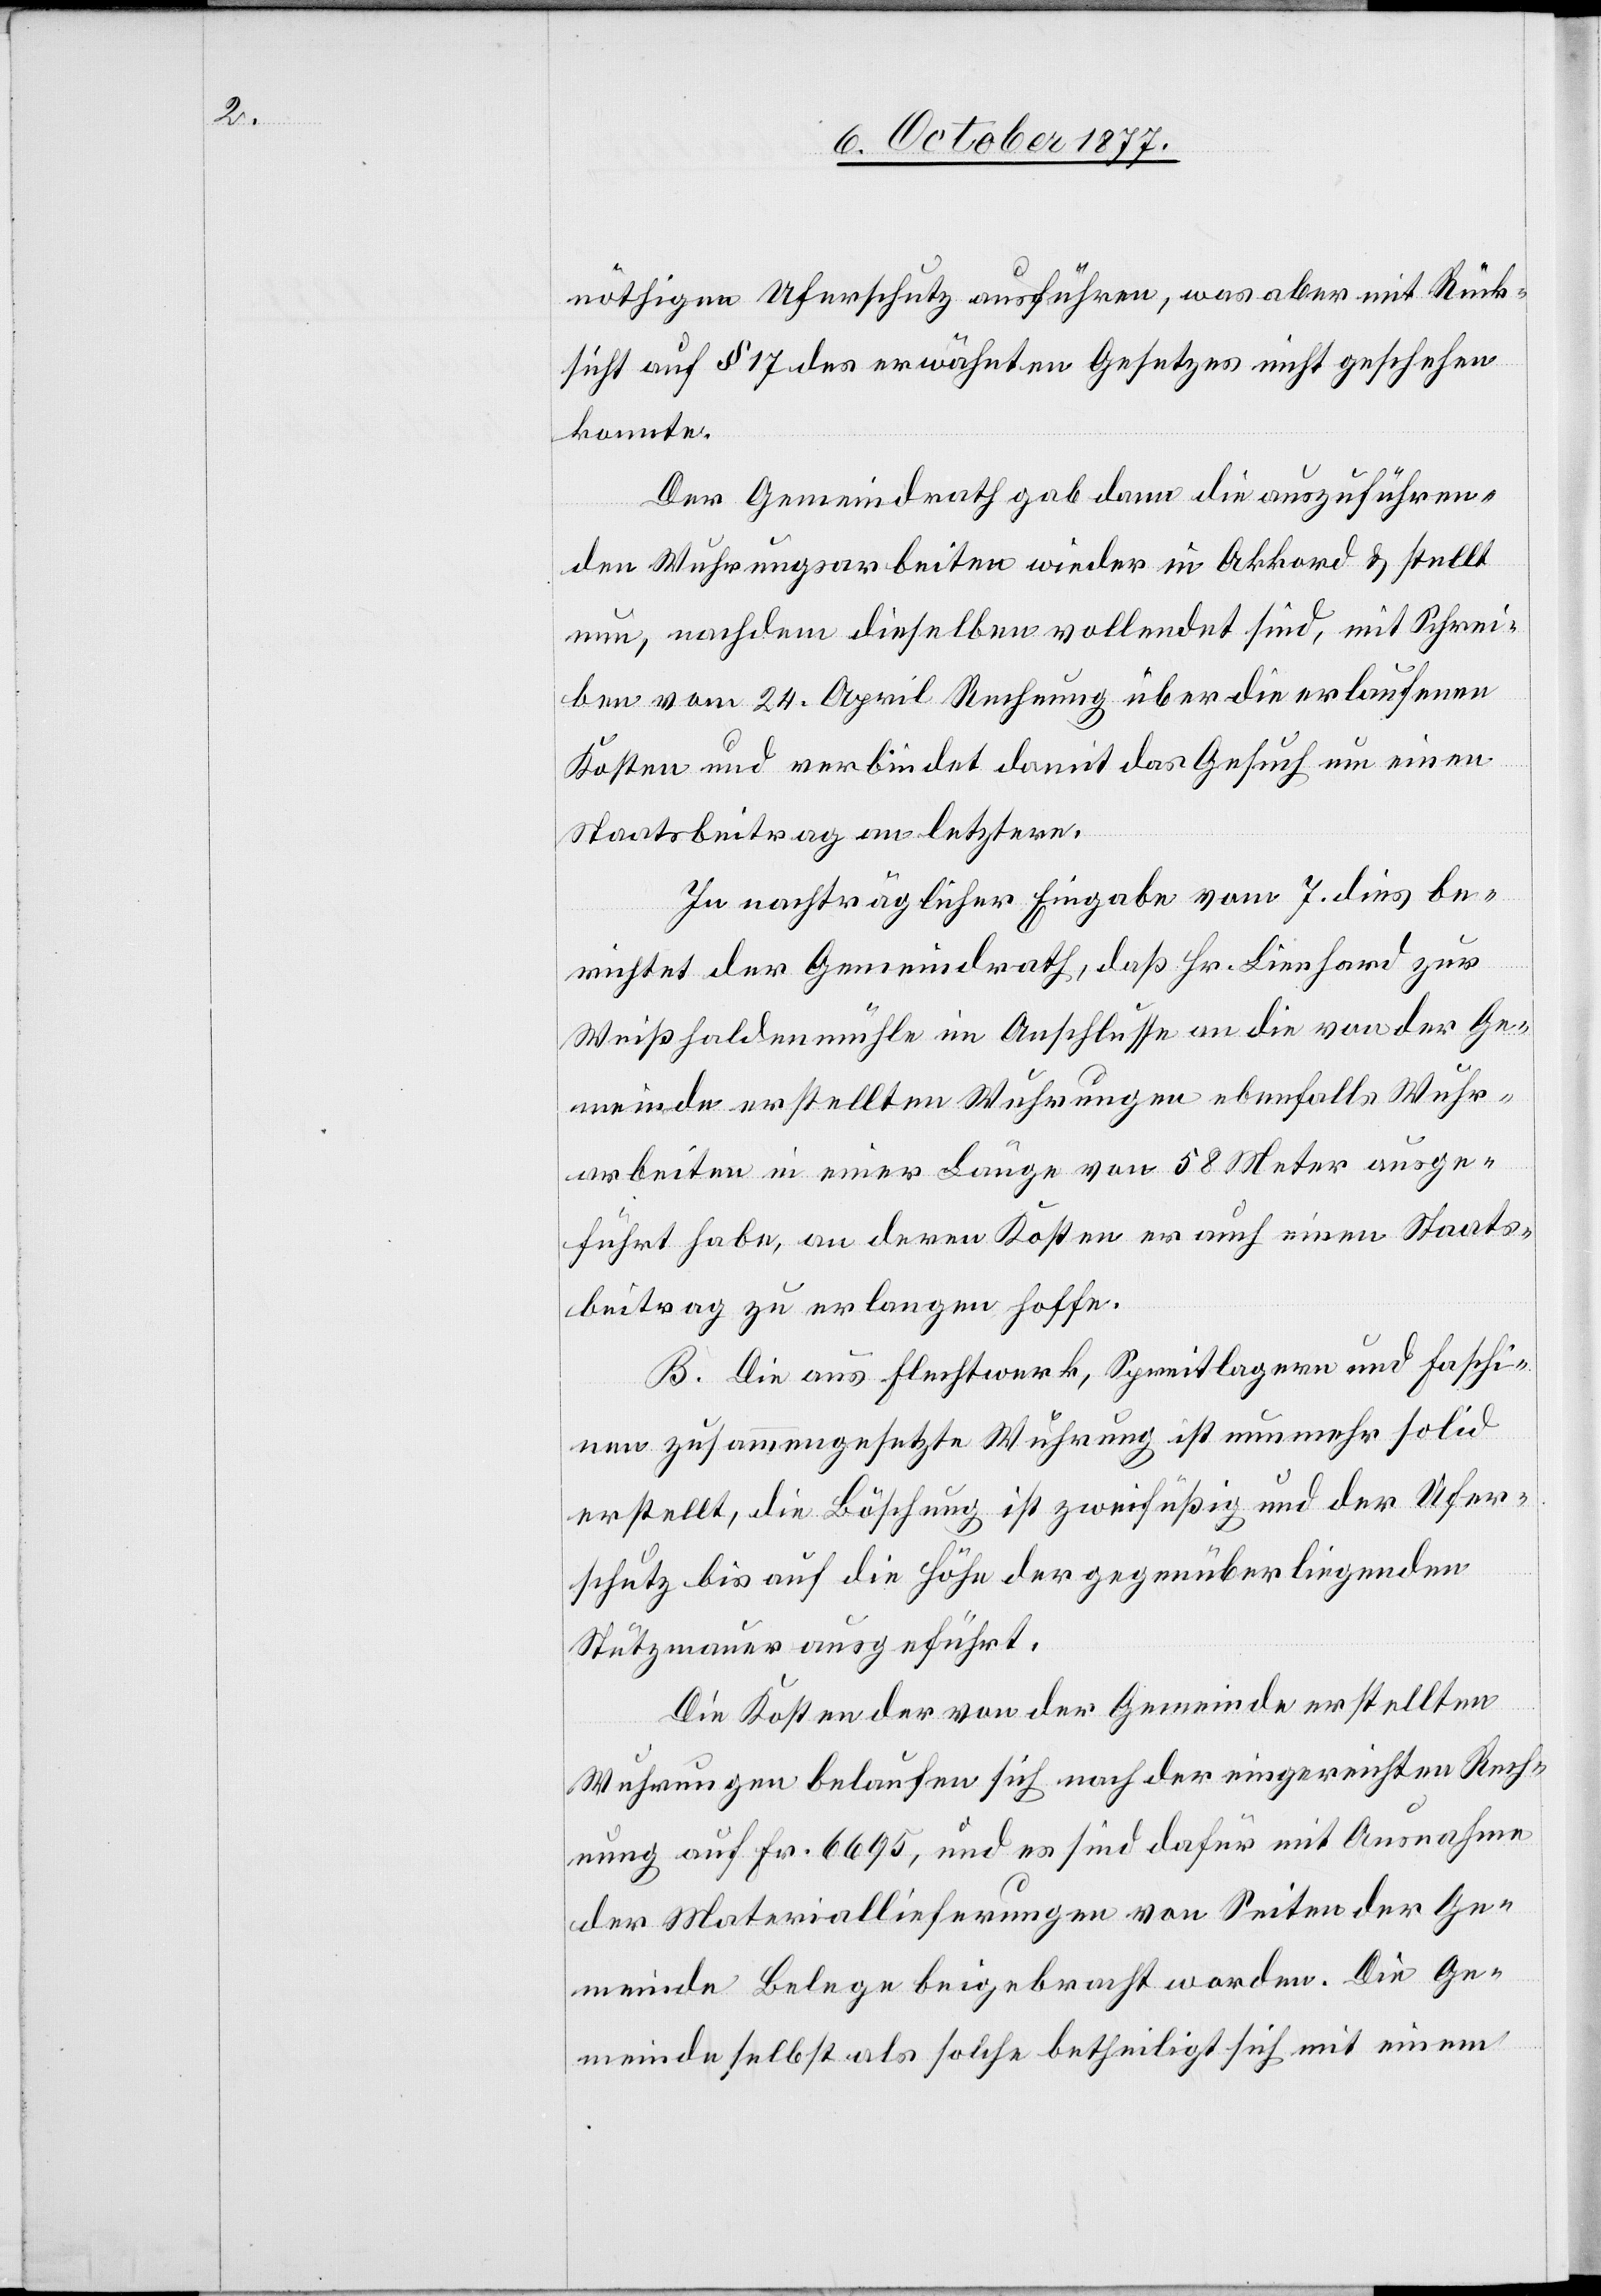
nöthigen Uferschutz ausführen, was aber mit Rück¬
sicht auf § 17 des erwähnten Gesetzes nicht geschehen
konnte.
Der Gemeindrath gab dann die auszuführen¬
den Wuhrungsarbeiten wieder in Akkord & stellt
nun, nachdem dieselben vollendet sind, mit Schrei¬
ben vom 24. April Rechnung über die erlaufenen
Kosten und verbindet damit das Gesuch um einen
Staatsbeitrag an letztere.
In nachträglicher Eingabe vom 7. dies be¬
richtet der Gemeindrath, daß Hr. Lienhard zur
Weißhaldenmühle im Anschlusse an die von der Ge¬
meinde erstellten Wuhrungen ebenfalls Wuhr¬
arbeiten in einer Länge von 58 Meter ausge¬
führt habe, an deren Kosten er auch einen Staats¬
beitrag zu erlangen hoffe.
B. Die aus Flechtwerk, Spreitlagern und Faschi¬
nen zusammengesetzte Wuhrung ist nunmehr solid
erstellt, die Böschung ist zweifüßig und der Ufer¬
schutz bis auf die Höhe der gegenüberliegenden
Stützmauer ausgeführt.
Die Kosten der von der Gemeinde erstellten
Wuhrungen belaufen sich nach der eingereichten Rech¬
nung auf Fr. 6695, und es sind dafür mit Ausnahme
der Materiallieferungen von Seiten der Ge¬
meinde Belege beigebracht worden. Die Ge¬
meinde selbst als solche betheiligt sich mit einem